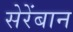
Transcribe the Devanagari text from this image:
सेरेंबान